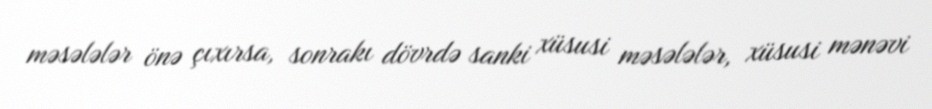
məsələlər önə çıxırsa, sonrakı dövrdə sanki xüsusi məsələlər, xüsusi mənəvi